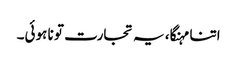
اتنا مہنگا، یہ تجارت تو نا ہوئی۔